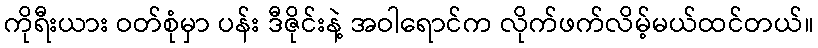
ကိုရီးယား ဝတ်စုံမှာ ပန်း ဒီဇိုင်းနဲ့ အဝါရောင်က လိုက်ဖက်လိမ့်မယ်ထင်တယ်။